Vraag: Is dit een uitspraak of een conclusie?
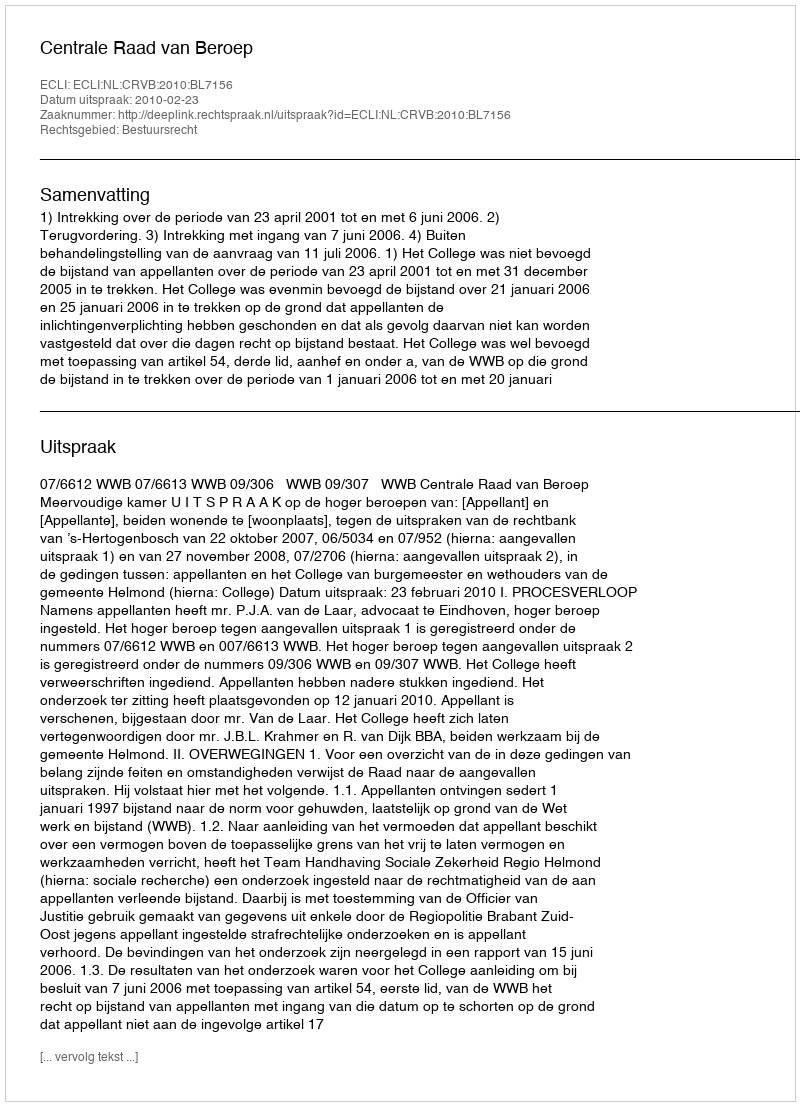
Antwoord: Uitspraak